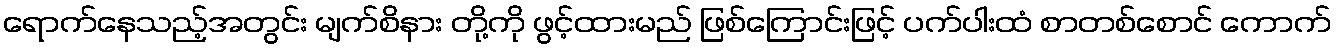
ရောက်နေသည့်အတွင်း မျက်စိနား တို့ကို ဖွင့်ထားမည် ဖြစ်ကြောင်းဖြင့် ပက်ပါးထံ စာတစ်စောင် ကောက်